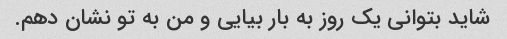
شاید بتوانی یک روز به بار بیایی و من به تو نشان دهم.